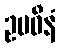
ဥပဓီနံ